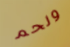
ولحم